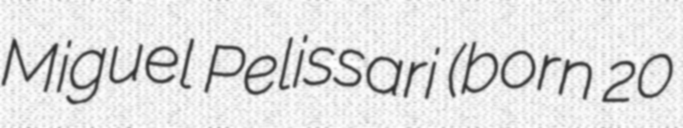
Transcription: Miguel Pelissari (born 20